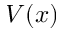
V ( x )